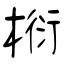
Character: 椼